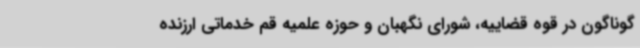
گوناگون در قوه قضاییه، شورای نگهبان و حوزه علمیه قم خدماتی ارزنده